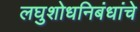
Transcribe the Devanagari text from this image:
लघुशोधनिबंधांचे